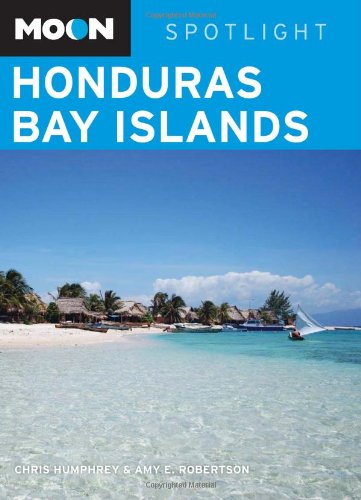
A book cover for Moon Spotlight Honduras Bay Islands; Chris Humphrey; Travel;